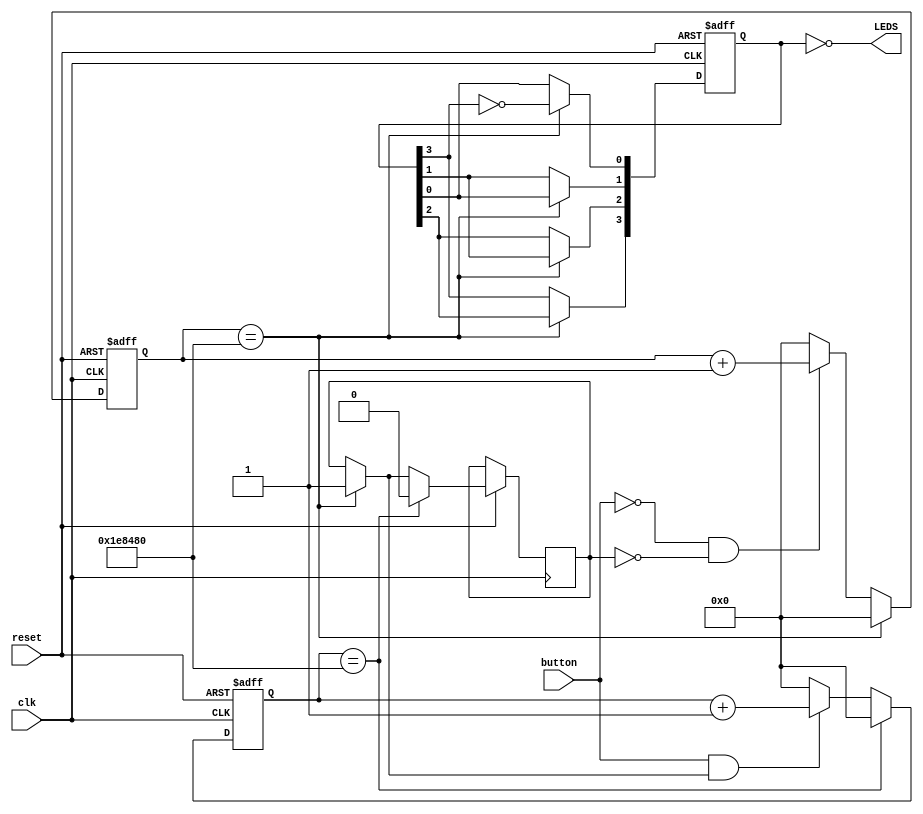
module johnson_counter (clk, button, reset, LEDS);

// Define constant
parameter default_pulse = 25'b0;
parameter pulse_meter = 25'd2000000;
parameter bits = 4;
parameter is_off = 1'b0;
parameter is_on = 1'b1;

// Define inputs and outputs
input clk, button, reset;
output [bits - 1:0] LEDS;

// Create register for counting the amount of times the button was pressed
reg [bits - 1:0] count;

// 3 more registers used for debounce since the button will oscillate a few times when pressed
reg [24:0] counter_pressed, counter_not_pressed;
reg button_state = is_on;

// Give initial values to the registers. It's important otherwise there might be errors
initial begin
    count <= 4'b0;
    counter_pressed <= default_pulse;
    counter_not_pressed <= default_pulse;
end

// Each positive edge of the clock (50MHz in this case), we enter this part of code
always @(posedge clk or negedge reset)
begin
    if (!reset) // If the reset is negative (reset button pressed), we reset the values
    begin
        count <= 4'b0;
        counter_pressed <= default_pulse;
        counter_not_pressed <= default_pulse;
    end

    else
    begin
        // If button is negative (button pressed) and status is low, we start counting
        if (!button & !button_state)
            begin
                counter_pressed <= counter_pressed + 1'b1;
            end
        else
        begin
            counter_pressed <= default_pulse; // If not, reset the counter
        end

        if (counter_pressed == pulse_meter) // When 2M pulses are reached, we decrease the push counter by one and reset the others
        begin
				count[3] <= count[2];
				count[2] <= count[1];
				count[1] <= count[0];
				count[0] <= (~count[3]);
            counter_pressed <= default_pulse;
            button_state = is_on;
        end

        // Do the same for the positive part of button (button not pressed)
        if (button & button_state)
            begin
                counter_not_pressed <= counter_not_pressed + 1'b1;
            end
        else
        begin
            counter_not_pressed <= default_pulse;
        end

        if (counter_not_pressed == pulse_meter)
        begin
            counter_not_pressed <= default_pulse;
            button_state = is_off;
        end
    end // end of else of negative reset
end // end of always

// Finally, assign 'N' bits from the counter to the 'N' LEDs
assign LEDS[bits - 1:0] = ~count[bits - 1:0];

endmodule